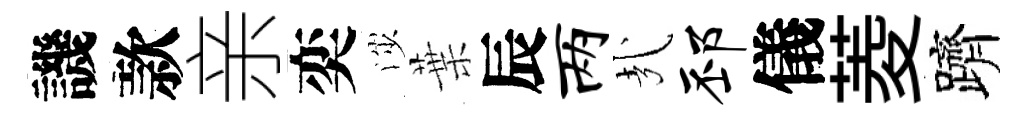
譏款亲奕渉葉辰两㢤邳儀菱躋